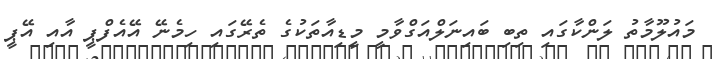
މައުލޫމާތު ލަންކާގައި ތިބި ބައިނަލްއަގްވާމީ މީޑިއާތަކުގެ ތެރޭގައި ހިމެނޭ އޭއެފްޕީ އާއި އޭޕީ